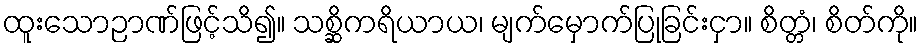
ထူးသောဉာဏ်ဖြင့်သိ၍။ သစ္ဆိကရိယာယ၊ မျက်မှောက်ပြုခြင်းငှာ။ စိတ္တံ၊ စိတ်ကို။